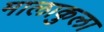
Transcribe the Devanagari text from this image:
मालाकुला